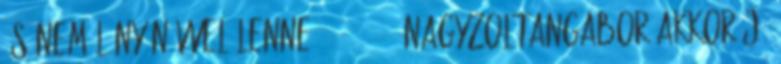
és nem lány névvel lenne 23:49:22 NagyZoltanGabor Akkor jó